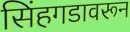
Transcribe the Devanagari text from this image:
सिंहगडावरून